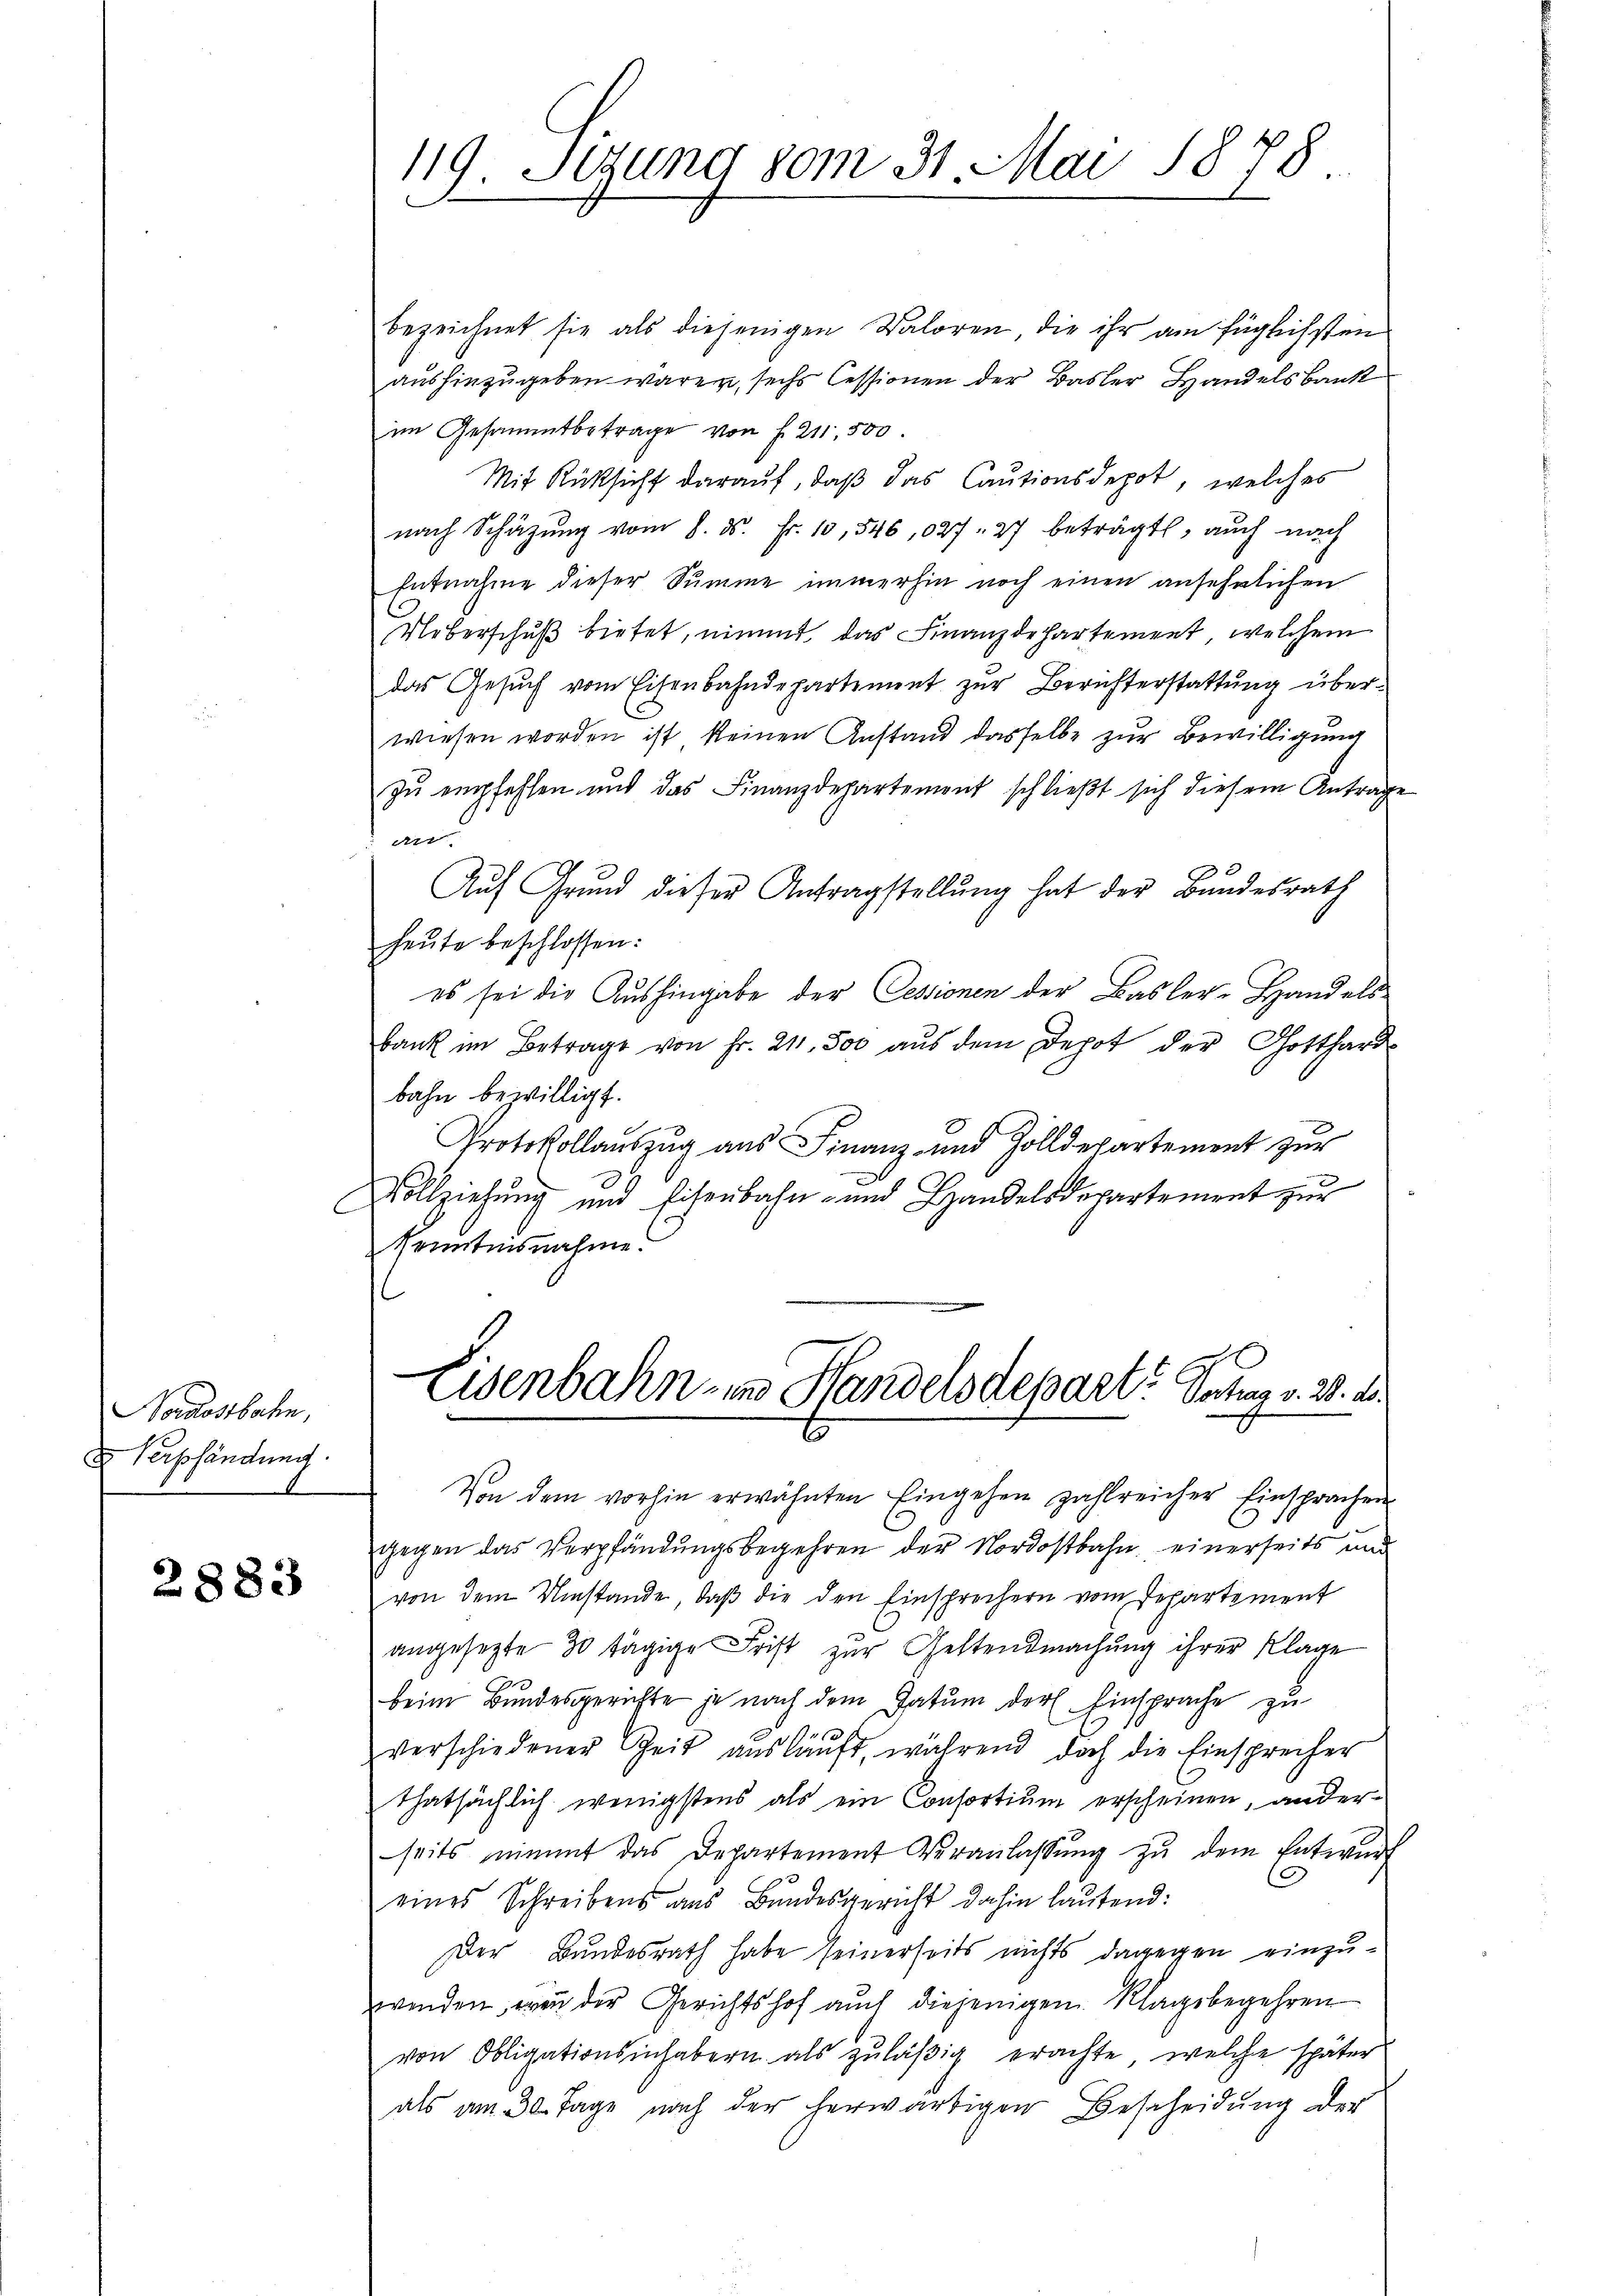
Nordostbahn,
u Verpfändung

2883

C

bezeichnet sie als diejenigen Daloren, die ihr am füglichsten
aushinzugeben waren, sechs Cessionen der Basler Handelsbank
im Gesammtbetrage von f. 211,500
Mit Rücksicht darauf, daß das Cautionsdepot, welches
nach Schäzŭng vom 8. ds. Fr. 10,546, 027. 27 beträgt, auch nach
Entnahme dieser Summe immerhin noch einen ansehnlichen
Ueberschuß bietet, nimmt das Finanzdehartement, welchem
das Gesuch vom Eisenbahndepartement zur Berichterstattung über-
wiesen worden ist keinen Anstand dasselbe zur Bewilligung
zŭ empfehlen und das Finanzdepartement schließt sich diesem Antrage
ar
Auf Grŭnd dieser Antragstellŭng hat der Bundesrath
heute beschlossen:
es sei die Aushingabe der Cessionen der Basler-Handelsbank im Betrage von Fr. 211. 500 aŭs dem Depot der Gotthard-
bahn bewilligt.
Protokollauszug aus Finanz- und Zolldepartement zur
Vollziehung und Eisenbahn- und Handelsdepartement zur
Kenntnisnahme

119. Setzung vom 31. Mai 1878.

Eisenbahn- und Handelsdepart. Satz v. 28. d.
Von dem vorhin erwähnten Eingehen zahlreicher Einsprachen

gegen das Verpfändungsbegehren der Nordostbahn einerseits und
von dem Umstände, daβ die den Einsprechern vom Departement
angesezte 30 tägige Frist zur Gestendmachung ihrer Klage
beim Bundesgerichte je nach dem Datum der Einsprache zu
verschiedener Zeit aŭslaŭft, während doch die Einsprecher
thatsächlich wenigstens als ein Consortium erscheinen, anderseits nimmt das Departement Veranlassŭng zŭ dem Entwŭrf
.
eines Schreibens aus Bundesgericht dahin lautend:
Der Bundesrath habe seinerseits nichts dagegen einzuwenden, wenn der Gerichtshof auch diejenigen Klagsbegehren
von Obligationsinhabern als zŭläβig erachte, welche später
als am 30. Tage nach der herwärtigen Bescheidung der